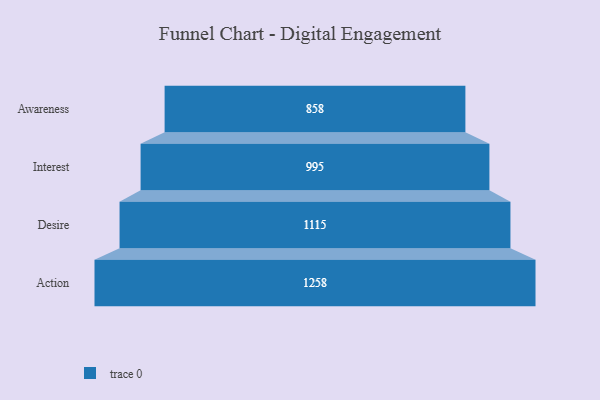
{"axis": {"x": "Stage", "y": "Value"}, "legend": [""], "data": [{"x": "Awareness", "y": 858.0, "type": ""}, {"x": "Interest", "y": 995.0, "type": ""}, {"x": "Desire", "y": 1115.0, "type": ""}, {"x": "Action", "y": 1258.0, "type": ""}]}